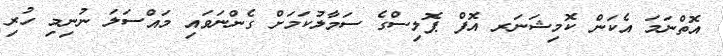
އޮތްނަމަ އެކަން ކޮމިޝަނަރ އޮފް ޕޮލިސްގެ ސަމާލުކަމަށް ގެންނަވައި މައްސަލަ ނުނިމި ހުރި